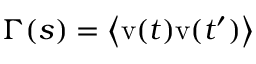
\Gamma ( s ) = \left< \mathrm { v } ( t ) \mathrm { v } ( t ^ { \prime } ) \right>